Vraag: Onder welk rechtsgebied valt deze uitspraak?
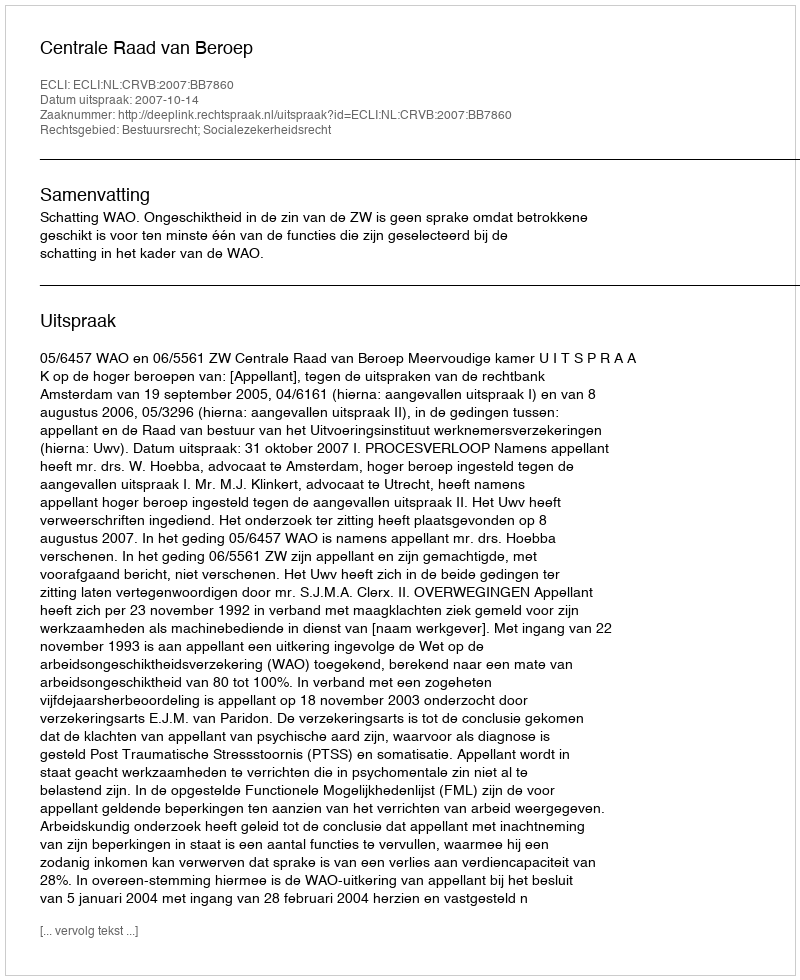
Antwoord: Bestuursrecht; Socialezekerheidsrecht